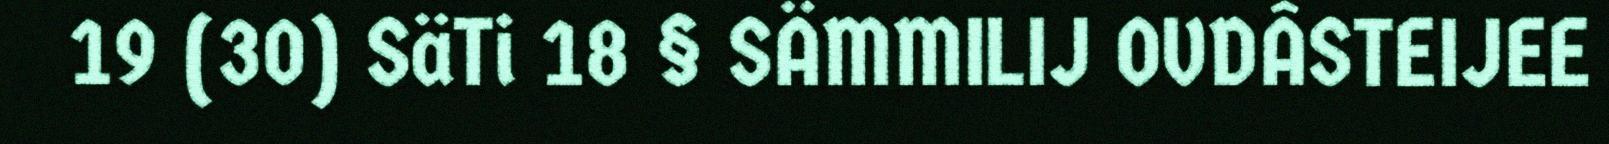
19 (30) SäTi 18 § SÄMMILIJ OVDÂSTEIJEE